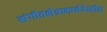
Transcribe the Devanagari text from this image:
संगीतक्षेत्रामध्येदेखील